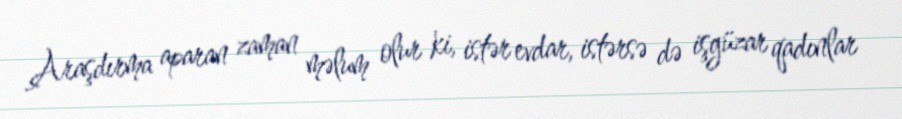
Araşdırma aparan zaman məlum olur ki, istər evdar, istərsə də işgüzar qadınlar